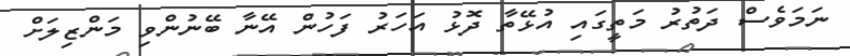
ނަމަވެސް ދަތުރު މަތީގައި އުޅޭތާ ދޮޅު އަހަރު ފަހުން އޭނާ ބޭނުންވި މަންޒިލަށް